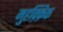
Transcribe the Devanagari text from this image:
मुहक़्क़िक